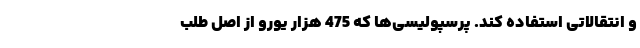
و انتقالاتی استفاده کند. پرسپولیسی‌ها که 475 هزار یورو از اصل طلب